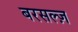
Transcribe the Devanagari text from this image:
बरसल्ज़